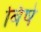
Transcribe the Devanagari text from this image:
बिषे